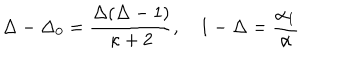
\Delta - \Delta _ { 0 } = \frac { \Delta ( \Delta - 1 ) } { \kappa + 2 } , ~ 1 - \Delta = { \frac { \alpha _ { 1 } } { \alpha } }